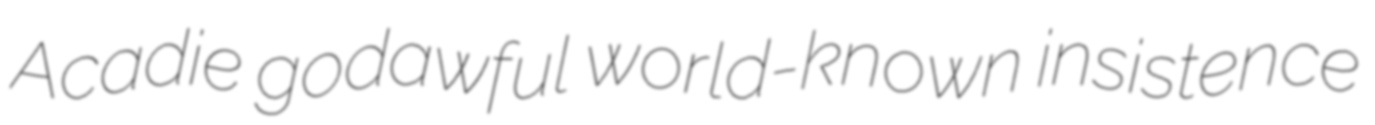
Acadie godawful world-known insistence